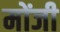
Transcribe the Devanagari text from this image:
मोंजी